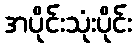
အပိုင်းသုံးပိုင်း